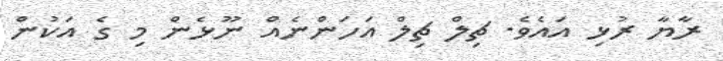
ރާޔާ ރުޅި އައެވެ. ޗިލް ޗިލް އަހަންނެއް ނޫޅެން މި ގެ އަކުން